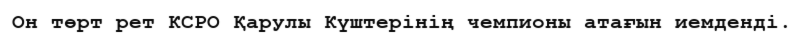
Он төрт рет КСРО Қарулы Күштерінің чемпионы атағын иемденді.